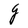
Character: g